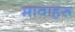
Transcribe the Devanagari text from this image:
मावाहरू